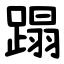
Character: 蹋